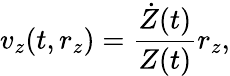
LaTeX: v_{z}(t,r_{z})=\frac{\dot{Z}(t)}{Z(t)}r_{z},